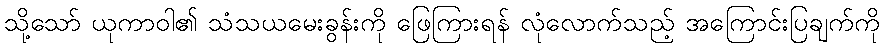
သို့သော် ယုကာဝါ၏ သံသယမေးခွန်းကို ဖြေကြားရန် လုံလောက်သည့် အကြောင်းပြချက်ကို